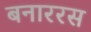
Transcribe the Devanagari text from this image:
बनाररस